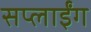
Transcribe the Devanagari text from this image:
सप्लाईंग